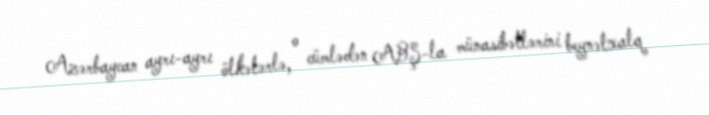
Azərbaycan ayrı-ayrı ölkələrlə, o cümlədən ABŞ-la münasibətlərini beynəlxalq